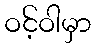
ဝင့်ဝါမှာ